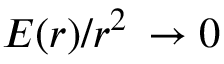
\, E ( r ) / r ^ { 2 } \, \to 0